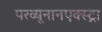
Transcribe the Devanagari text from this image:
परव्यूनानएक्स्ट्रा